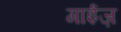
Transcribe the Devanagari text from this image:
गाईज़